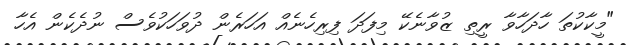
"މީކާކުތަ ހާދަހާވާ ރީތި ޒުވާނެކޭ މިފަދަ ފިރިހެނެއް އަހަރެން ދުވަހަކުވެސް ނުދެކެން އެހާ